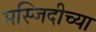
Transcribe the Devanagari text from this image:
मस्जिदीच्या